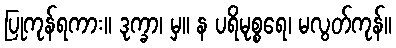
ပြုကုန်ရကား။ ဒုက္ခာ၊ မှ။ န ပရိမုစ္စရေ၊ မလွတ်ကုန်။